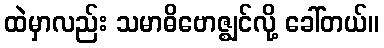
ထဲမှာလည်း သမာဓိဗောဇ္ဈင်လို့ ခေါ်တယ်။